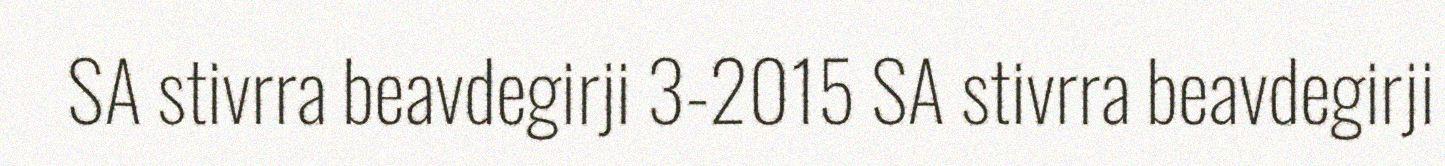
SA stivrra beavdegirji 3-2015 SA stivrra beavdegirji